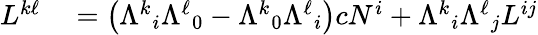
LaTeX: \begin{array}{rl}{L^{k\ell}}&{{}=\left({\Lambda^{k}}_{i}{\Lambda^{\ell}}_{0}-{\Lambda^{k}}_{0}{\Lambda^{\ell}}_{i}\right)cN^{i}+{\Lambda^{k}}_{i}{\Lambda^{\ell}}_{j}L^{ij}}\end{array}